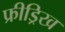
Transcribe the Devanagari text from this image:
फ्रीड्रिख